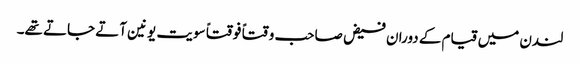
لندن میں قیام کے دوران فیض صاحب وقتاً فوقتاً سویت یونین آتے جاتے تھے۔